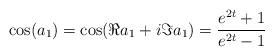
LaTeX: \begin{align*}\cos(a_1) = \cos (\Re a_1 + i \Im a_1) = \frac{e^{2t}+1}{e^{2t}-1} \end{align*}